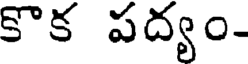
కొక పద్యం-